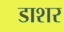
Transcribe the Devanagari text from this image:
डाशर